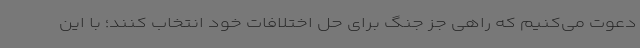
دعوت می‌کنیم که راهی جز جنگ برای حل اختلافات خود انتخاب کنند؛ با این